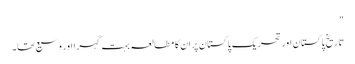
"
تاریخ پاکستان اور تحریک پاکستان پر ان کا مطالعہ بہت گہرا اور وسیع تھا۔